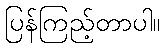
ပြန်ကြည့်တာပါ။